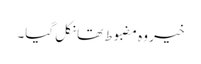
خیر وہ مضبوط تھا نکل گیا۔